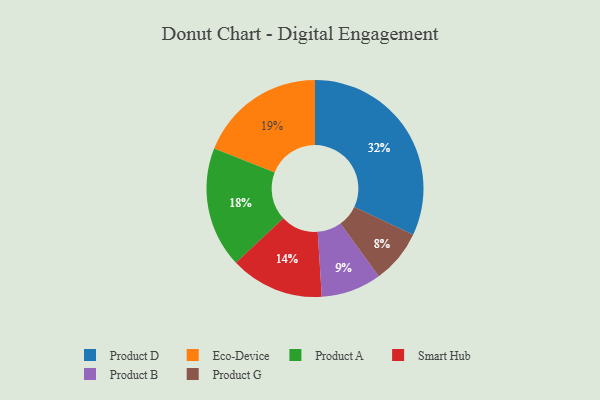
{"axis": {"x": "Category", "y": "Percentage"}, "legend": ["Eco-Device", "Product A", "Product B", "Product D", "Product G", "Smart Hub"], "data": [{"x": "Eco-Device", "y": 19, "type": "Eco-Device"}, {"x": "Product G", "y": 8, "type": "Product G"}, {"x": "Smart Hub", "y": 14, "type": "Smart Hub"}, {"x": "Product B", "y": 9, "type": "Product B"}, {"x": "Product A", "y": 18, "type": "Product A"}, {"x": "Product D", "y": 32, "type": "Product D"}]}